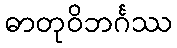
ဓာတုဝိဘင်္ဂဿ